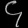
Digit: ၄